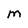
Character: M